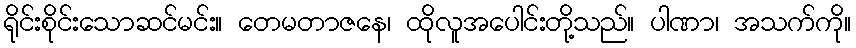
ရိုင်းစိုင်းသောဆင်မင်း။ တေမတာဇနေ၊ ထိုလူအပေါင်းတို့သည်။ ပါဏာ၊ အသက်ကို။